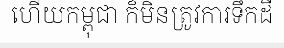
ហើយកម្ពុជា ក៏មិនត្រូវការទឹកដី